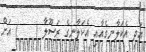
އަދި އެކަލާނގެއާއި އެކަލާނގެ ރަސޫލާ (    ) އަށް